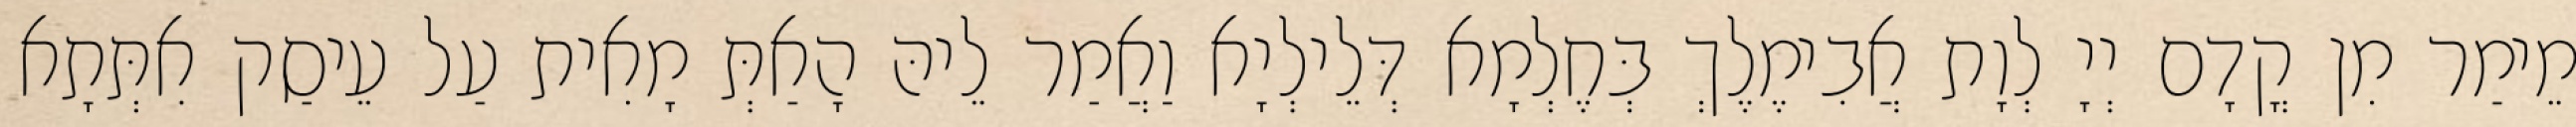
מֵימַר מִן קֳדָם יְיָ לְוָת אֲבִימֶלֶךְ בְּחֶלְמָא דְּלֵילְיָא וַאֲמַר לֵיהּ הָאַתְּ מָאִית עַל עֵיסַק אִתְּתָא